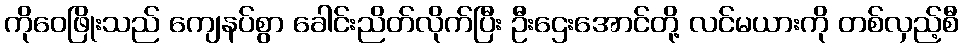
ကိုဝေဖြိုးသည် ကျေနပ်စွာ ခေါင်းညိတ်လိုက်ပြီး ဦးဌေးအောင်တို့ လင်မယားကို တစ်လှည့်စီ